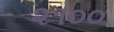
૨૧૦૦